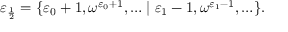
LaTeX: \varepsilon _ { \frac { 1 } { 2 } } = \{ \varepsilon _ { 0 } + 1 , \omega ^ { \varepsilon _ { 0 } + 1 } , \ldots \mid \varepsilon _ { 1 } - 1 , \omega ^ { \varepsilon _ { 1 } - 1 } , \ldots \} .